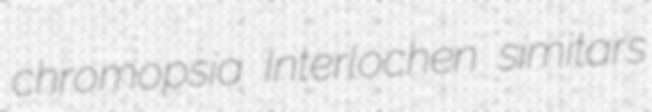
chromopsia Interlochen simitars